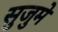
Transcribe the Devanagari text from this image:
सुजुमे